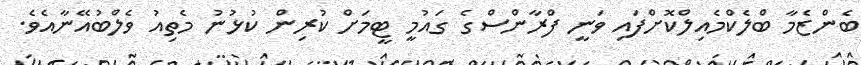
ބެންޒެމާ ބްލެކްމެއިލްކޮށްފައި ވަނީ ފްރާންސްގެ ގައުމީ ޓީމަށް ކުރިން ކުޅުނު މެތިއު ވެލްބުއޭނާއެވެ.